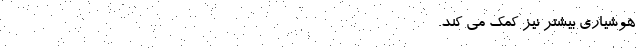
هوشیاری بیشتر نیز کمک می کند. -----------------------------------